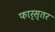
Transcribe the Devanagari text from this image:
फार्स्तर